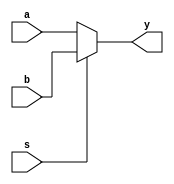
`timescale 1ns / 1ps
//////////////////////////////////////////////////////////////////////////////////
// Company: 
// Engineer: 
// 
// Design Name: 
// Module Name:    mux 
// Project Name: 
// Target Devices: 
// Tool versions: 
// Description: 
//
// Dependencies: 
//
// Revision: 
// Revision 0.01 - File Created
// Additional Comments: 
//
//////////////////////////////////////////////////////////////////////////////////
module mux(
    input [63:0] a,b,
	 input s,
    output reg [63:0] y
    );
	 
always@(a,b,s)
begin
if(s==0)
y=a;
else
y=b;
end

endmodule